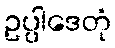
ဥပ္ပါဒေတုံ